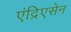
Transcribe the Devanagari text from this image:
एंद्रिएसेन